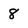
Character: 8